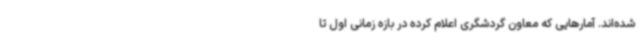
شده‌اند. آمارهایی که معاون گردشگری اعلام کرده در بازه زمانی اول تا